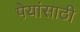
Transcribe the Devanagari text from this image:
पेयांसाठी